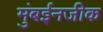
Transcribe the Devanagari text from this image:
मुंबईनजीक